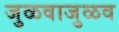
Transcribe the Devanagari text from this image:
जुळवाजुळव